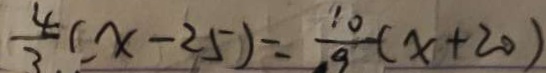
\frac { 4 } { 3 } ( x - 2 5 ) = \frac { 1 0 } { 9 } ( x + 2 0 )